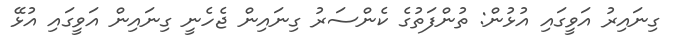
ގިނައިރު އަވީގައި އުޅުން: ތުންފަތުގެ ކެންސަރު ގިނައިން ޖެހެނީ ގިނައިން އަވީގައި އުޅޭ